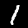
Label: 1